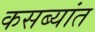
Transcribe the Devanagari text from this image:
कसब्यांत